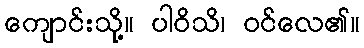
ကျောင်းသို့။ ပါဝိသိ၊ ဝင်လေ၏။